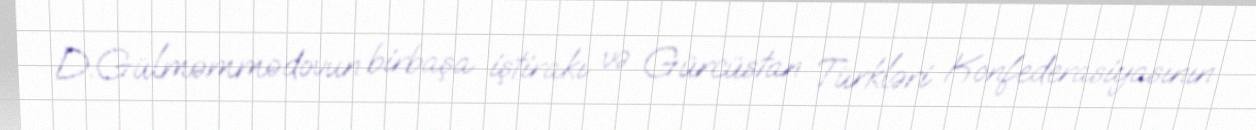
D.Gülməmmədovun birbaşa iştirakı və Gürcüstan Türkləri Konfederasiyasının